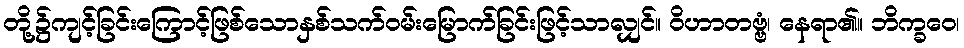
တို့၌ကျင့်ခြင်းကြောင့်ဖြစ်သောနှစ်သက်ဝမ်းမြောက်ခြင်းဖြင့်သာလျှင်။ ဝိဟာတဗ္ဗံ၊ နေရာ၏။ ဘိက္ခဝေ၊